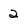
Character: 2